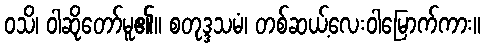
ဝသိ၊ ဝါဆိုတော်မူ၏။ စတုဒ္ဒသမံ၊ တစ်ဆယ့်လေးဝါမြောက်ကား။